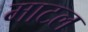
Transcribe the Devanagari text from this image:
माटल